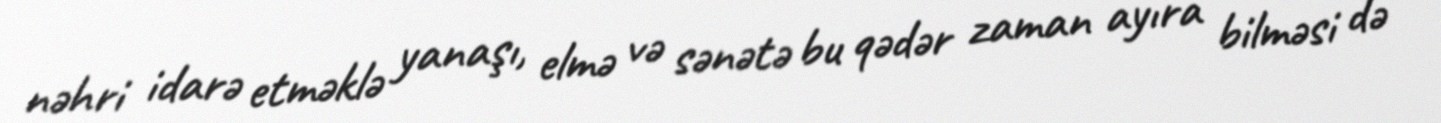
nəhri idarə etməklə yanaşı, elmə və sənətə bu qədər zaman ayıra bilməsi də